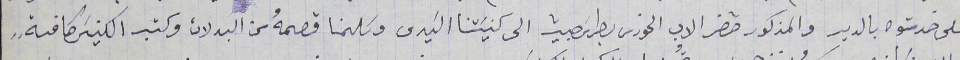
على خدمتوه بالدير والمذكور حضر الاب الخورى بطرسَ حبيب الى كنيسَتنا السَيدى وسَلمنا قصمهُ من البدلات وكتب الكنيسَ كافةٍ